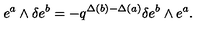
e ^ { a } \wedge \delta e ^ { b } = - q ^ { \Delta ( b ) - \Delta ( a ) } \delta e ^ { b } \wedge e ^ { a } .